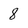
Character: 8